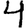
Digit: 4